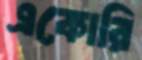
একোরি